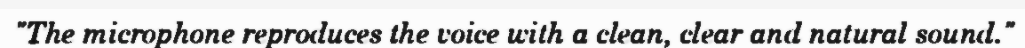
"The microphone reproduces the voice with a clean, clear and natural sound."